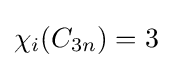
\chi _{i}(C_{3n})=3